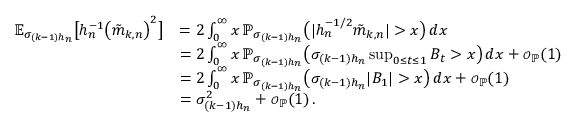
\begin{array} { r l } { \mathbb { E } _ { \sigma _ { ( k - 1 ) h _ { n } } } \big [ h _ { n } ^ { - 1 } \big ( \tilde { m } _ { k , n } \big ) ^ { 2 } \big ] } & { = 2 \int _ { 0 } ^ { \infty } x \, \mathbb { P } _ { \sigma _ { ( k - 1 ) h _ { n } } } \big ( | h _ { n } ^ { - 1 / 2 } \tilde { m } _ { k , n } | > x \big ) \, d x } \\ & { = 2 \int _ { 0 } ^ { \infty } x \, \mathbb { P } _ { \sigma _ { ( k - 1 ) h _ { n } } } \big ( \sigma _ { ( k - 1 ) h _ { n } } \operatorname* { s u p } _ { 0 \le t \le 1 } B _ { t } > x \big ) \, d x + { \scriptstyle { \mathcal { O } } } _ { \mathbb { P } } ( 1 ) } \\ & { = 2 \int _ { 0 } ^ { \infty } x \, \mathbb { P } _ { \sigma _ { ( k - 1 ) h _ { n } } } \big ( \sigma _ { ( k - 1 ) h _ { n } } | B _ { 1 } | > x \big ) \, d x + { \scriptstyle { \mathcal { O } } } _ { \mathbb { P } } ( 1 ) } \\ & { = \sigma _ { ( k - 1 ) h _ { n } } ^ { 2 } + { \scriptstyle { \mathcal { O } } } _ { \mathbb { P } } ( 1 ) \, . } \end{array}